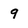
Character: 9